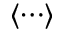
\langle \cdots \rangle